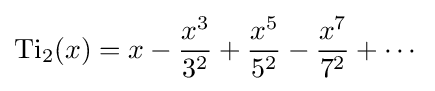
\operatorname {Ti} _{2}(x)=x-{\frac {x^{3}}{3^{2}}}+{\frac {x^{5}}{5^{2}}}-{\frac {x^{7}}{7^{2}}}+\cdots